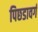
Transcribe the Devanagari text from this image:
पिछडावर्ग